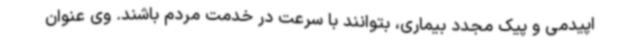
اپیدمی و پیک مجدد بیماری، بتوانند با سرعت در خدمت مردم باشند. وی عنوان